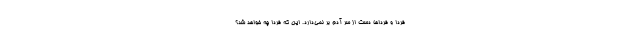
فردا و فرداها دست از سر آدم بر نمی‌دارد. این که فردا چه خواهد شد؟